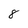
Character: 8